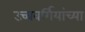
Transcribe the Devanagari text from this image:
उच्चवर्गियांच्या